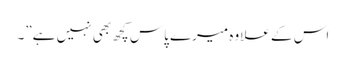
اس کے علاوہ میرے پاس کچھ بھی نہیں ہے”۔